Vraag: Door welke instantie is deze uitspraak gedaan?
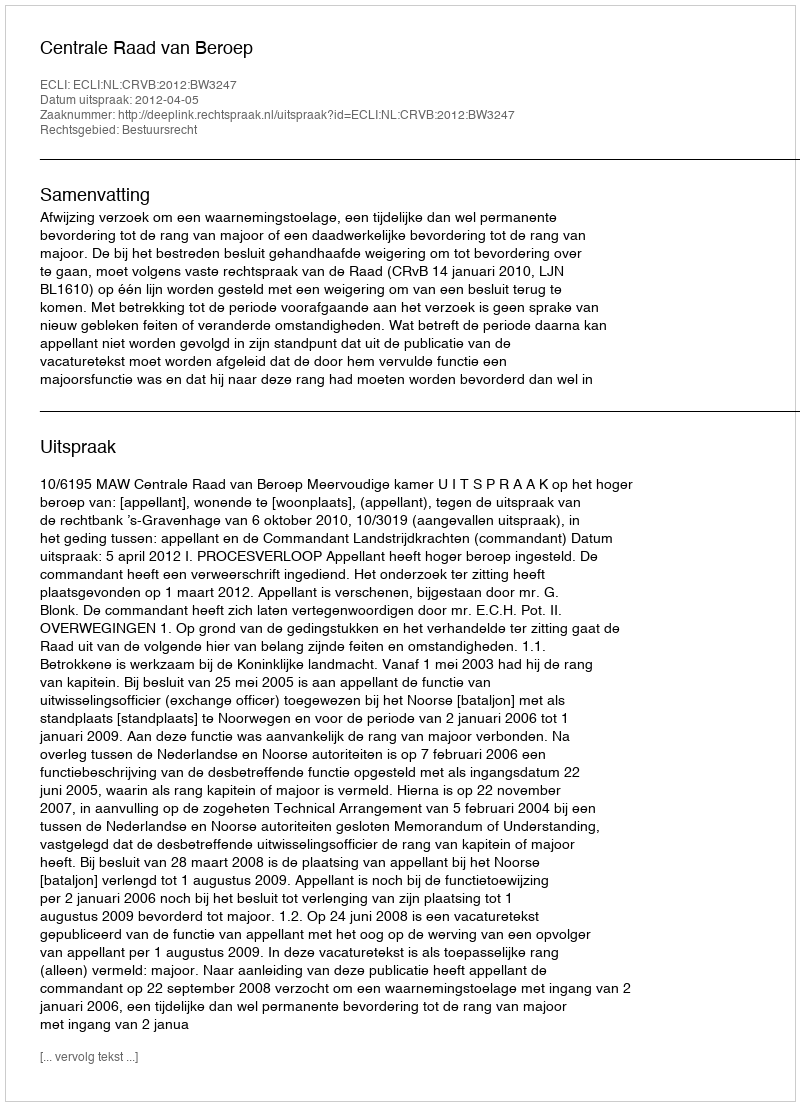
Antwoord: Centrale Raad van Beroep